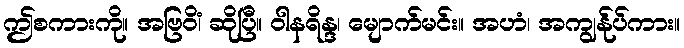
ဤစကားကို။ အဗြဝိံ၊ ဆိုပြီ။ ဝါနရိန္ဒ၊ မျောက်မင်း။ အဟံ၊ အကျွန်ုပ်ကား။